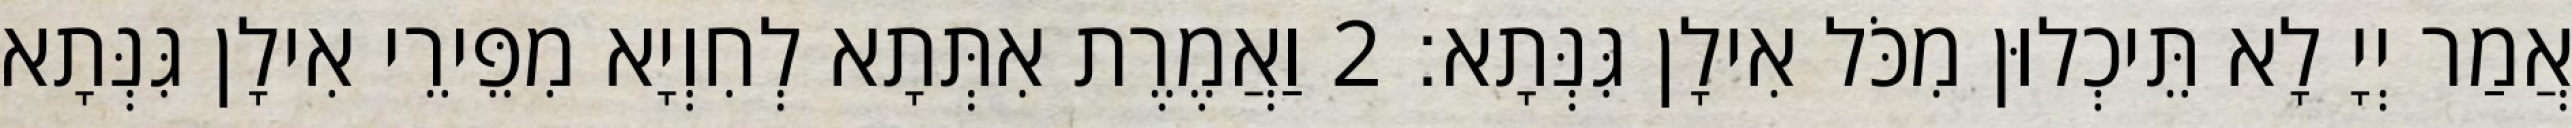
אֲמַר יְיָ לָא תֵּיכְלוּן מִכֹּל אִילָן גִּנְּתָא׃ 2 וַאֲמֶרֶת אִתְּתָא לְחִוְיָא מִפֵּירֵי אִילָן גִּנְּתָא